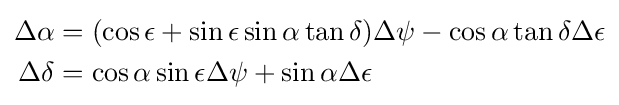
{\begin{aligned}\Delta \alpha &=(\cos \epsilon +\sin \epsilon \sin \alpha \tan \delta )\Delta \psi -\cos \alpha \tan \delta \Delta \epsilon \\\Delta \delta &=\cos \alpha \sin \epsilon \Delta \psi +\sin \alpha \Delta \epsilon \end{aligned}}